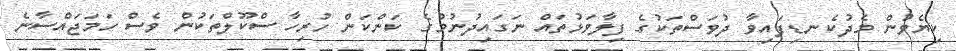
ކިޔެވުން މެދުކެނޑިފައިވާ ދުވަސްތަކުގެ ފިލާވަޅުތައް ނަގައިދުނުމުގެ ކަންކަން ހުރިހާ ސްކޫލްތަކުން ވެސް ހަމަޖައްސާނެ